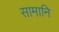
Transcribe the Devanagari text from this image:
सामानि